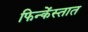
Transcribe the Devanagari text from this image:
फिन्केंस्तात